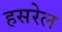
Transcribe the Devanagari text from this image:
हसरेल